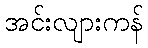
အင်းလျားကန်